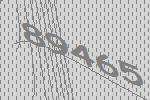
89465